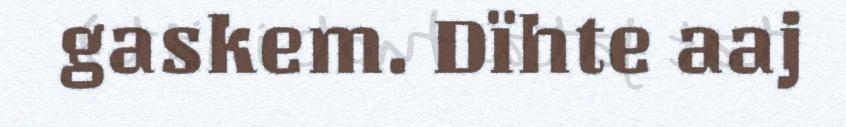
gaskem. Dïhte aaj